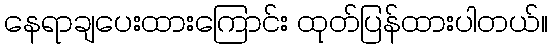
နေရာချပေးထားကြောင်း ထုတ်ပြန်ထားပါတယ်။